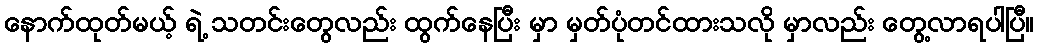
နောက်ထုတ်မယ့် ရဲ့ သတင်းတွေလည်း ထွက်နေပြီး မှာ မှတ်ပုံတင်ထားသလို မှာလည်း တွေ့လာရပါပြီ။